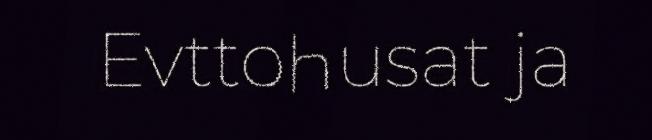
Evttohusat ja